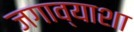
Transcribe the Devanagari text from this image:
जगाव्याशा